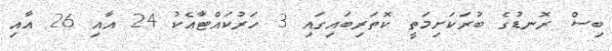
ބިސް ރޮނޑުގެ ބުރަކަށިމަތީ ކޮތަރިބައިގައި 3 ހަރުކައްޓާއެކު 24 އާއި 26 އާއި